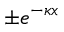
\pm e ^ { - \kappa x }